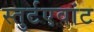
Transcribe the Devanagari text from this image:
स्तुर्टएवांट